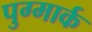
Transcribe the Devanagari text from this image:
पुग्मार्क